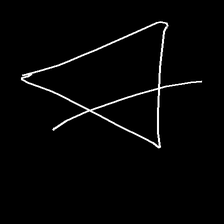
Glyph: empower